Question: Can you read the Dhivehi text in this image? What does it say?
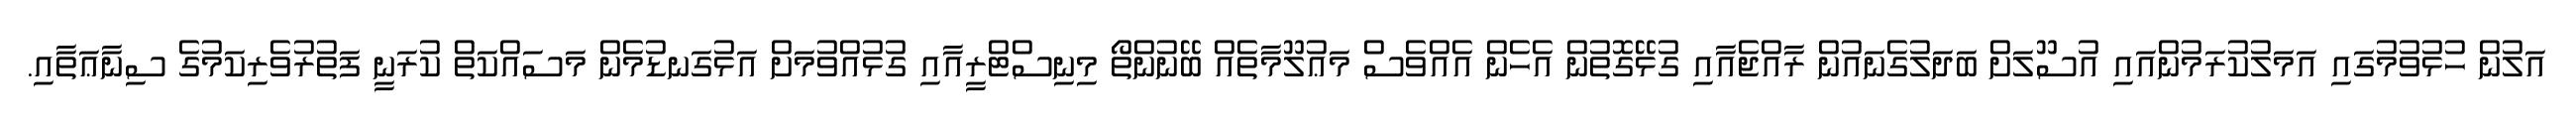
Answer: އަލުން ހުޅުވުމުގައި އަމަލުކުރަމުންއައި އުސޫލަށް ބަދަލުގެނައުން ރާއްޖެއާއި ގުޅޭގޮތުން އެހެން އެއްވެސް މަޢުލޫމާތެއް ބޭނުންތޯ މިނިސްޓްރީއާއި ގުޅުއްވުމަށް އަޅުގަނޑުމެން މަސައްކަތް ކުރަނީ ފަތުރުވެރިކަމުގެ ސިނާޢަތާއި.